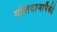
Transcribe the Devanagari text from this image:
गोलंदाजापैकी